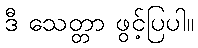
ဒီ သေတ္တာ ဖွင့်ပြပါ။